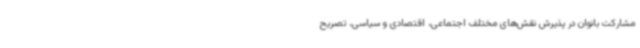
مشارکت بانوان در پذیرش نقش‌های مختلف اجتماعی، اقتصادی و سیاسی، تصریح